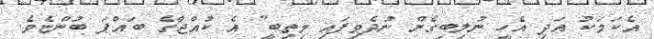
އެކަމަކު އަދި އެހީ ނުލިބިގެން ނުދެވިފައި މިތިބީ" އެ ކުއްޖާގެ ބައްޕަ ބުންޏެވެ.